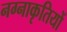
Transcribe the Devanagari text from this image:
नग्नाकृतियों